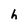
Character: h